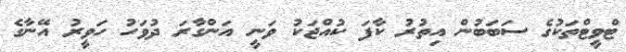
ޓްވީޓްތަކުގެ ސަބަބުން އިތުރު ކާފަ ކުއްޖަކު ވަނީ އަންގާރަ ދުވަހު ހަވީރު އޭނާގެ